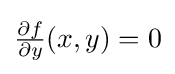
{\textstyle {\frac {\partial f}{\partial y}}(x,y)=0}